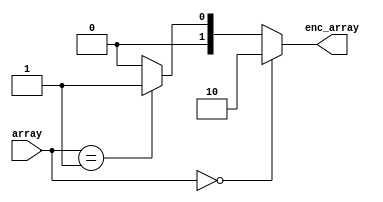
// 
//
// Copyright (c) 2019 Authors of "Buffets: An Efficient and Composable Storage Idiom for Explicit Decoupled Data
// Orchestration".
//
// Permission is hereby granted, free of charge, to any person obtaining a copy of this software and associated
// documentation files (the "Software"), to deal in the Software without restriction, including without limitation the
// rights to use, copy, modify, merge, publish, distribute, sublicense, and/or sell copies of the Software, and to
// permit persons to whom the Software is furnished to do so, subject to the following conditions:
//
// The above copyright notice and this permission notice shall be included in all copies or substantial portions of the
// Software.
//
// THE SOFTWARE IS PROVIDED "AS IS", WITHOUT WARRANTY OF ANY KIND, EXPRESS OR IMPLIED, INCLUDING BUT NOT LIMITED TO THE
// WARRANTIES OF MERCHANTABILITY, FITNESS FOR A PARTICULAR PURPOSE AND NONINFRINGEMENT. IN NO EVENT SHALL THE AUTHORS OR
// COPYRIGHT HOLDERS BE LIABLE FOR ANY CLAIM, DAMAGES OR OTHER LIABILITY, WHETHER IN AN ACTION OF CONTRACT, TORT OR
// OTHERWISE, ARISING FROM, OUT OF OR IN CONNECTION WITH THE SOFTWARE OR THE USE OR OTHER DEALINGS IN THE SOFTWARE.



// This file is a work under progress: Need to parametrize

// Lowest level of number of leading zeros
module encode
        (array,
        enc_array);

input       [1:0]   array;
output reg  [1:0]   enc_array;

// Combo
always@(*) begin
    if(array == 2'b00)
        enc_array = 2'b10;
    else if(array == 2'b01)
        enc_array = 2'b01;
    else
        enc_array = 2'b00;
end

endmodule


module assemble
        (
        array_i,
        array_o
    );

   // external parameter
   parameter   WIDTH = 2;
   // internal parameters
   localparam WIDTH_IN = 2 * WIDTH;
   localparam   WIDTH_OUT = WIDTH + 1;

   input        [WIDTH_IN-1:0]  array_i;
   output reg   [WIDTH_OUT-1:0] array_o;

   wire     [WIDTH_IN/2-1:0]    RHS = array_i[WIDTH-1:0];
   wire     [WIDTH_IN/2-1:0]    LHS = array_i[WIDTH_IN-1: WIDTH];

   always @(*) begin
       if(LHS[WIDTH-1] &  RHS[WIDTH-1])
           array_o = {1'b1, {WIDTH{1'b0}}};
       else if(LHS[WIDTH-1] & ~RHS[WIDTH-1])
           array_o = {2'b01, RHS[WIDTH-2:0]};
       else if(~LHS[WIDTH-1])
           array_o = {1'b0, LHS};
   end

endmodule 

// TODO: Make this below a recursive parametrizable function

module leadingZero32
    (
    sequence,
    index
    );
    
    input   [31:0]  sequence;
    output  [5:0]   index;

    wire [31:0] enc_sequence;
    wire [23:0] sequence_step1;
    wire [15:0] sequence_step2;
    wire [9:0]  sequence_step3;

	genvar i;
	generate
		for (i=0; i<16; i=i+1) begin : encoder
		encode u_enc(
			.array(sequence[i*2 +: 2]),
			.enc_array(enc_sequence[i*2 +: 2])
		);
	end 
	endgenerate


	generate
	for (i=0; i<8; i=i+1) begin : assembleS1
		assemble #(
				.WIDTH(2)
				) u_assemble(
					.array_i(enc_sequence[i*4 +: 4]),
					.array_o(sequence_step1[i*3 +: 3])
				);
	end 
	endgenerate

	generate
	for (i=0; i<4; i=i+1) begin : assembleS2
		assemble #(
				.WIDTH(3)
				) u_assemble(
					.array_i(sequence_step1[i*6 +: 6]),
					.array_o(sequence_step2[i*4 +: 4])
				);
	end 
	endgenerate


	generate
	for (i=0; i<2; i=i+1) begin : assembleS3
		assemble #(
				.WIDTH(4)
				) u_assemble(
					.array_i(sequence_step2[i*8 +: 8]),
					.array_o(sequence_step3[i*5 +: 5])
				);
	end 
	endgenerate

	assemble #(5)u_assemble(sequence_step3, index);

endmodule

module leadingZero8
    (
    sequence,
    index
    );
    
    parameter W = 8;

    input   [W-1:0]  sequence;
    output  [3:0]   index;

    wire [W-1:0] enc_sequence;
    wire [5:0] sequence_step1;

	genvar i;
	generate
		for (i=0; i<W/2; i=i+1) begin : encoder
		encode u_enc(
			.array(sequence[i*2 +: 2]),
			.enc_array(enc_sequence[i*2 +: 2])
		);
	end 
	endgenerate


	generate
	for (i=0; i<W/4; i=i+1) begin : assembleS1
		assemble #(
				.WIDTH(2)
				) u_assemble(
					.array_i(enc_sequence[i*4 +: 4]),
					.array_o(sequence_step1[i*3 +: 3])
				);
	end 
	endgenerate

	assemble #(3)u_assemble(sequence_step1, index);

endmodule